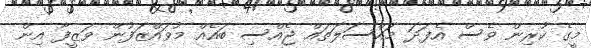
މީގެ ކުރިން ވެސް އެފަދަ މައްސަލަތައް ޖެއްސި ބައެއް މުވައްޒަފުން ވަޒީފާ އިން